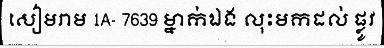
សៀមរាម 1A- 7639 ម្នាក់ឯង លុះមកដល់ ផ្លូវ